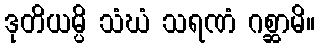
ဒုတိယမ္ပိ သံဃံ သရဏံ ဂစ္ဆာမိ။